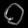
Digit: ၀